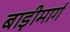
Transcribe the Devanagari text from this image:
बाड़ीमार्ग